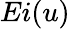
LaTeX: Ei(u)